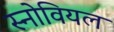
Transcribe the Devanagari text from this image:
स्नोवियल